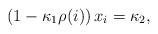
LaTeX: \begin{align*}\left(1-\kappa_1\rho_{}(i)\right)x_{i} = \kappa_2, \end{align*}